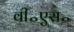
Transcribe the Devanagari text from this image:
वी॰एस॰